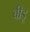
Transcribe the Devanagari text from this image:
बीडू